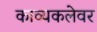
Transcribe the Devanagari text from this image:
काव्यकलेवर